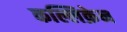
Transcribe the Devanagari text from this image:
कल्लिक्रेन